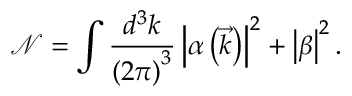
\mathcal { N } = \int \frac { d ^ { 3 } k } { \left( 2 \pi \right) ^ { 3 } } \left| \alpha \left( \vec { k } \right) \right| ^ { 2 } + \left| \beta \right| ^ { 2 } .